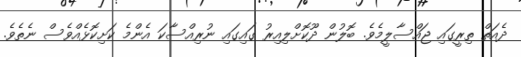
ދެއަތް ތިރީގައި ޖައްސާލީމެވެ. ބޮލުން ދޫކޮށްލިއިރު ގައިގައި ނުރިއްސާކަ އެންމެ ކަށިކޮޅެއްވެސް ނެތެވެ.